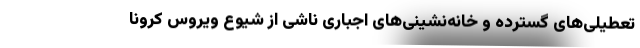
تعطیلی‌های گسترده و خانه‌نشینی‌های اجباری ناشی از شیوع ویروس کرونا